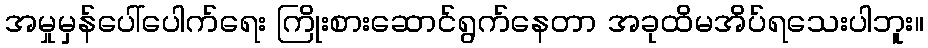
အမှုမှန်ပေါ်ပေါက်ရေး ကြိုးစားဆောင်ရွက်နေတာ အခုထိမအိပ်ရသေးပါဘူး။